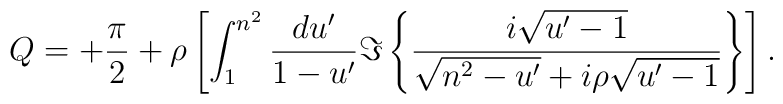
Q =+{\pi\over2} +  \rho \left[\int_1^{n^2} {d u'\over1-u'}\Im\left\{  {i\sqrt{u'-1}  \over   \sqrt{n^2-u'} + i \rho \sqrt{u'-1} }\right\}\right].